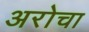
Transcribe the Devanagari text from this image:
अरोचा